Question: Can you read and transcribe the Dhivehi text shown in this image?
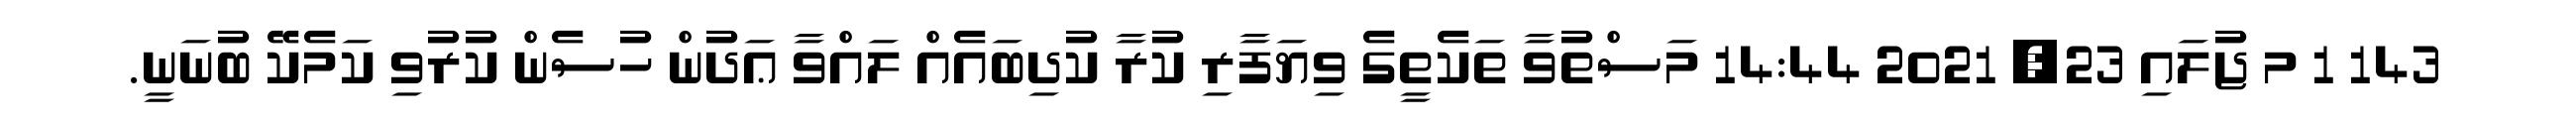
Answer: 143 1 މ ޖުލައި 23, 2021 14:44 މަސްތުވާ ތަކެތީގެ ވިޔަފާރި ކުރާ ކުދިބައެއް ލައްވާ ޢަދުން ހުސެން ކުރުވި ކަމެކޭ ބުނަނީ.